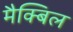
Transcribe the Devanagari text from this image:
मैक्बिल